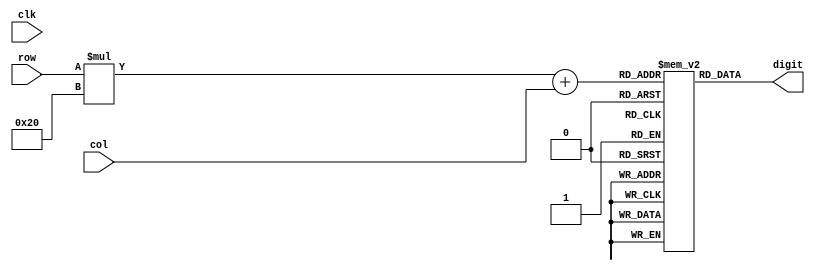
module datarom(clk, row, col, digit);
  input clk;
  input [4:0] row;
  input [4:0] col;
  output reg [6:0] digit;
  
  reg [6:0] bitarray[0:31][0:31]; // ROM array (32 x 32 x 7 bits)
  assign digit = bitarray[row][col];
  
  integer i, j;
  
  initial begin
    
    // clear unused array entries
    for (i = 0; i <= 32; i++)
      for (j = 0; j <= 32; j++) 
        bitarray[i][j] = 7'b0100000; 
    
    
    bitarray[0][0] = 7'h47;
bitarray[0][1] = 7'h6f;
bitarray[0][2] = 7'h72;
bitarray[0][3] = 7'h65;
bitarray[0][4] = 7'h4f;
bitarray[0][5] = 7'h53;
bitarray[0][6] = 7'h20;
bitarray[0][7] = 7'h76;
bitarray[0][8] = 7'h30;
bitarray[0][9] = 7'h2e;
bitarray[0][10] = 7'h31;
bitarray[0][11] = 7'h20;
bitarray[0][12] = 7'h32;
bitarray[0][13] = 7'h30;
bitarray[0][14] = 7'h32;
bitarray[0][15] = 7'h30;
    
    bitarray[2][0] = 7'h41;
    bitarray[2][1] = 7'h72;
    bitarray[2][2] = 7'h72;
    bitarray[2][3] = 7'h65;
    bitarray[2][4] = 7'h73;
    bitarray[2][5] = 7'h74;
    bitarray[2][6] = 7'h20;
    bitarray[2][7] = 7'h74;
    bitarray[2][8] = 7'h68;
    bitarray[2][9] = 7'h65;
    bitarray[2][10] = 7'h20;
    bitarray[2][11] = 7'h63;
    bitarray[2][12] = 7'h6f;
    bitarray[2][13] = 7'h70;
    bitarray[2][14] = 7'h73;
    bitarray[2][15] = 7'h20;
    bitarray[2][16] = 7'h74;
    bitarray[2][17] = 7'h68;
    bitarray[2][18] = 7'h61;
    bitarray[2][19] = 7'h74;
    
bitarray[3][0] = 7'h6d;
bitarray[3][1] = 7'h75;
bitarray[3][2] = 7'h72;
bitarray[3][3] = 7'h64;
bitarray[3][4] = 7'h65;
bitarray[3][5] = 7'h72;
bitarray[3][6] = 7'h65;
bitarray[3][7] = 7'h64;
bitarray[3][8] = 7'h20;
bitarray[3][9] = 7'h42;
bitarray[3][10] = 7'h72;
bitarray[3][11] = 7'h69;
bitarray[3][12] = 7'h6f;
bitarray[3][13] = 7'h6e;
bitarray[3][14] = 7'h6e;
bitarray[3][15] = 7'h61;
bitarray[3][16] = 7'h20;
bitarray[3][17] = 7'h54;
bitarray[3][18] = 7'h61;
bitarray[3][19] = 7'h79;
bitarray[3][20] = 7'h6c;
bitarray[3][21] = 7'h6f;
bitarray[3][22] = 7'h72;
  
  end
endmodule